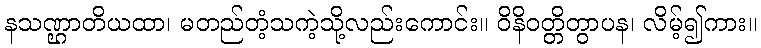
နသဏ္ဌာတိယထာ၊ မတည်တံ့သကဲ့သို့လည်းကောင်း။ ဝိနိဝတ္တိတွာပန၊ လိမ့်၍ကား။